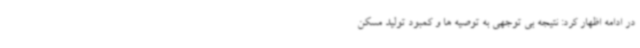
در ادامه اظهار کرد: نتیجه بی توجهی به توصیه ها و کمبود تولید مسکن